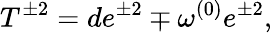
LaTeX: T^{\pm 2}=de^{\pm 2}\mp\omega^{(0)}e^{\pm 2},